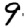
Digit: 9